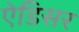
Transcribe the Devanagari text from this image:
ऐडिसर